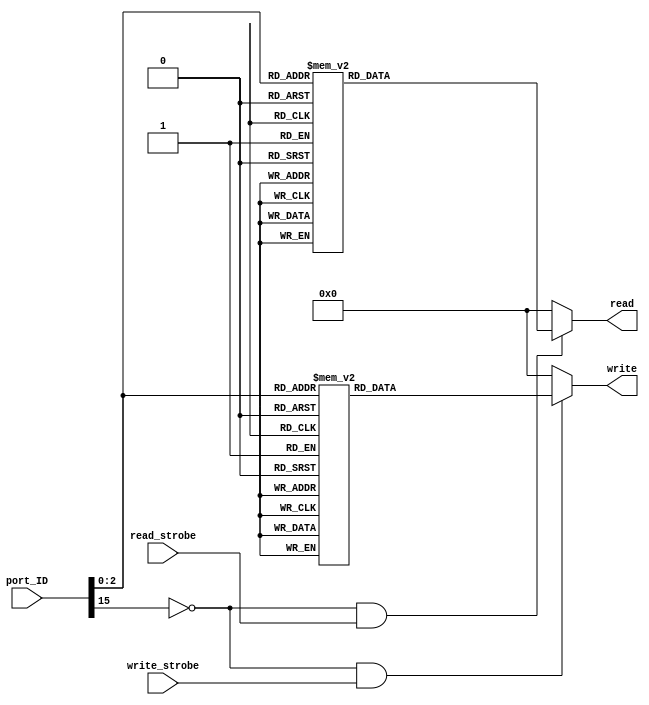
`timescale 1ns / 1ps

//******************************************************************************//
//  Project:	CECS 460 Project 4: Full UART                                   //
//                                                                              //
//	Created by Vince Nguyen on May 11, 2020                                     //
//  Copyright  2020 Vince Nguyen.  All rights reserved.                        //
//                                                                              //
//  In submitting this file for class work at CSULB I am confirming that this   //
//  is my work and the work of no one else.  In submitting this code I          //
//  acknowledge that plagiarism in student project work is subject to dismissal //
//  from the class.                                                             //
//                                                                              //
//******************************************************************************//

module Adrs_Decode(
    input       [15:0]  port_ID,
    input               write_strobe,
    input               read_strobe,
    
    output  reg [7:0]   write,
    output  reg [7:0]   read
    );
    
    always @(*) begin
        //////////////////////////////////////////////////
        // 3 to 8 decoder for writing
        /////////////////////////////////////////////////
        if((port_ID[15] == 0) && (write_strobe == 1))
            case(port_ID[2:0])
                3'b000: write = 8'b0000_0001;
                3'b001: write = 8'b0000_0010;
                3'b010: write = 8'b0000_0100;
                3'b011: write = 8'b0000_1000;
                3'b100: write = 8'b0001_0000;
                3'b101: write = 8'b0010_0000;
                3'b110: write = 8'b0100_0000;
                3'b111: write = 8'b1000_0000;
                default: write = 8'b0000_0000;
            endcase
        else
            write = 8'b0000_0000;
        //////////////////////////////////////////////////
        // 3 to 8 decoder for reading
        /////////////////////////////////////////////////    
        if((port_ID[15] == 0) && (read_strobe == 1))
            case(port_ID[2:0])
                3'b000: read = 8'b0000_0001;
                3'b001: read = 8'b0000_0010;
                3'b010: read = 8'b0000_0100;
                3'b011: read = 8'b0000_1000;
                3'b100: read = 8'b0001_0000;
                3'b101: read = 8'b0010_0000;
                3'b110: read = 8'b0100_0000;
                3'b111: read = 8'b1000_0000;
                default: read = 8'b0000_0000;
            endcase
        else
            read = 8'b0000_0000;
    end        
endmodule